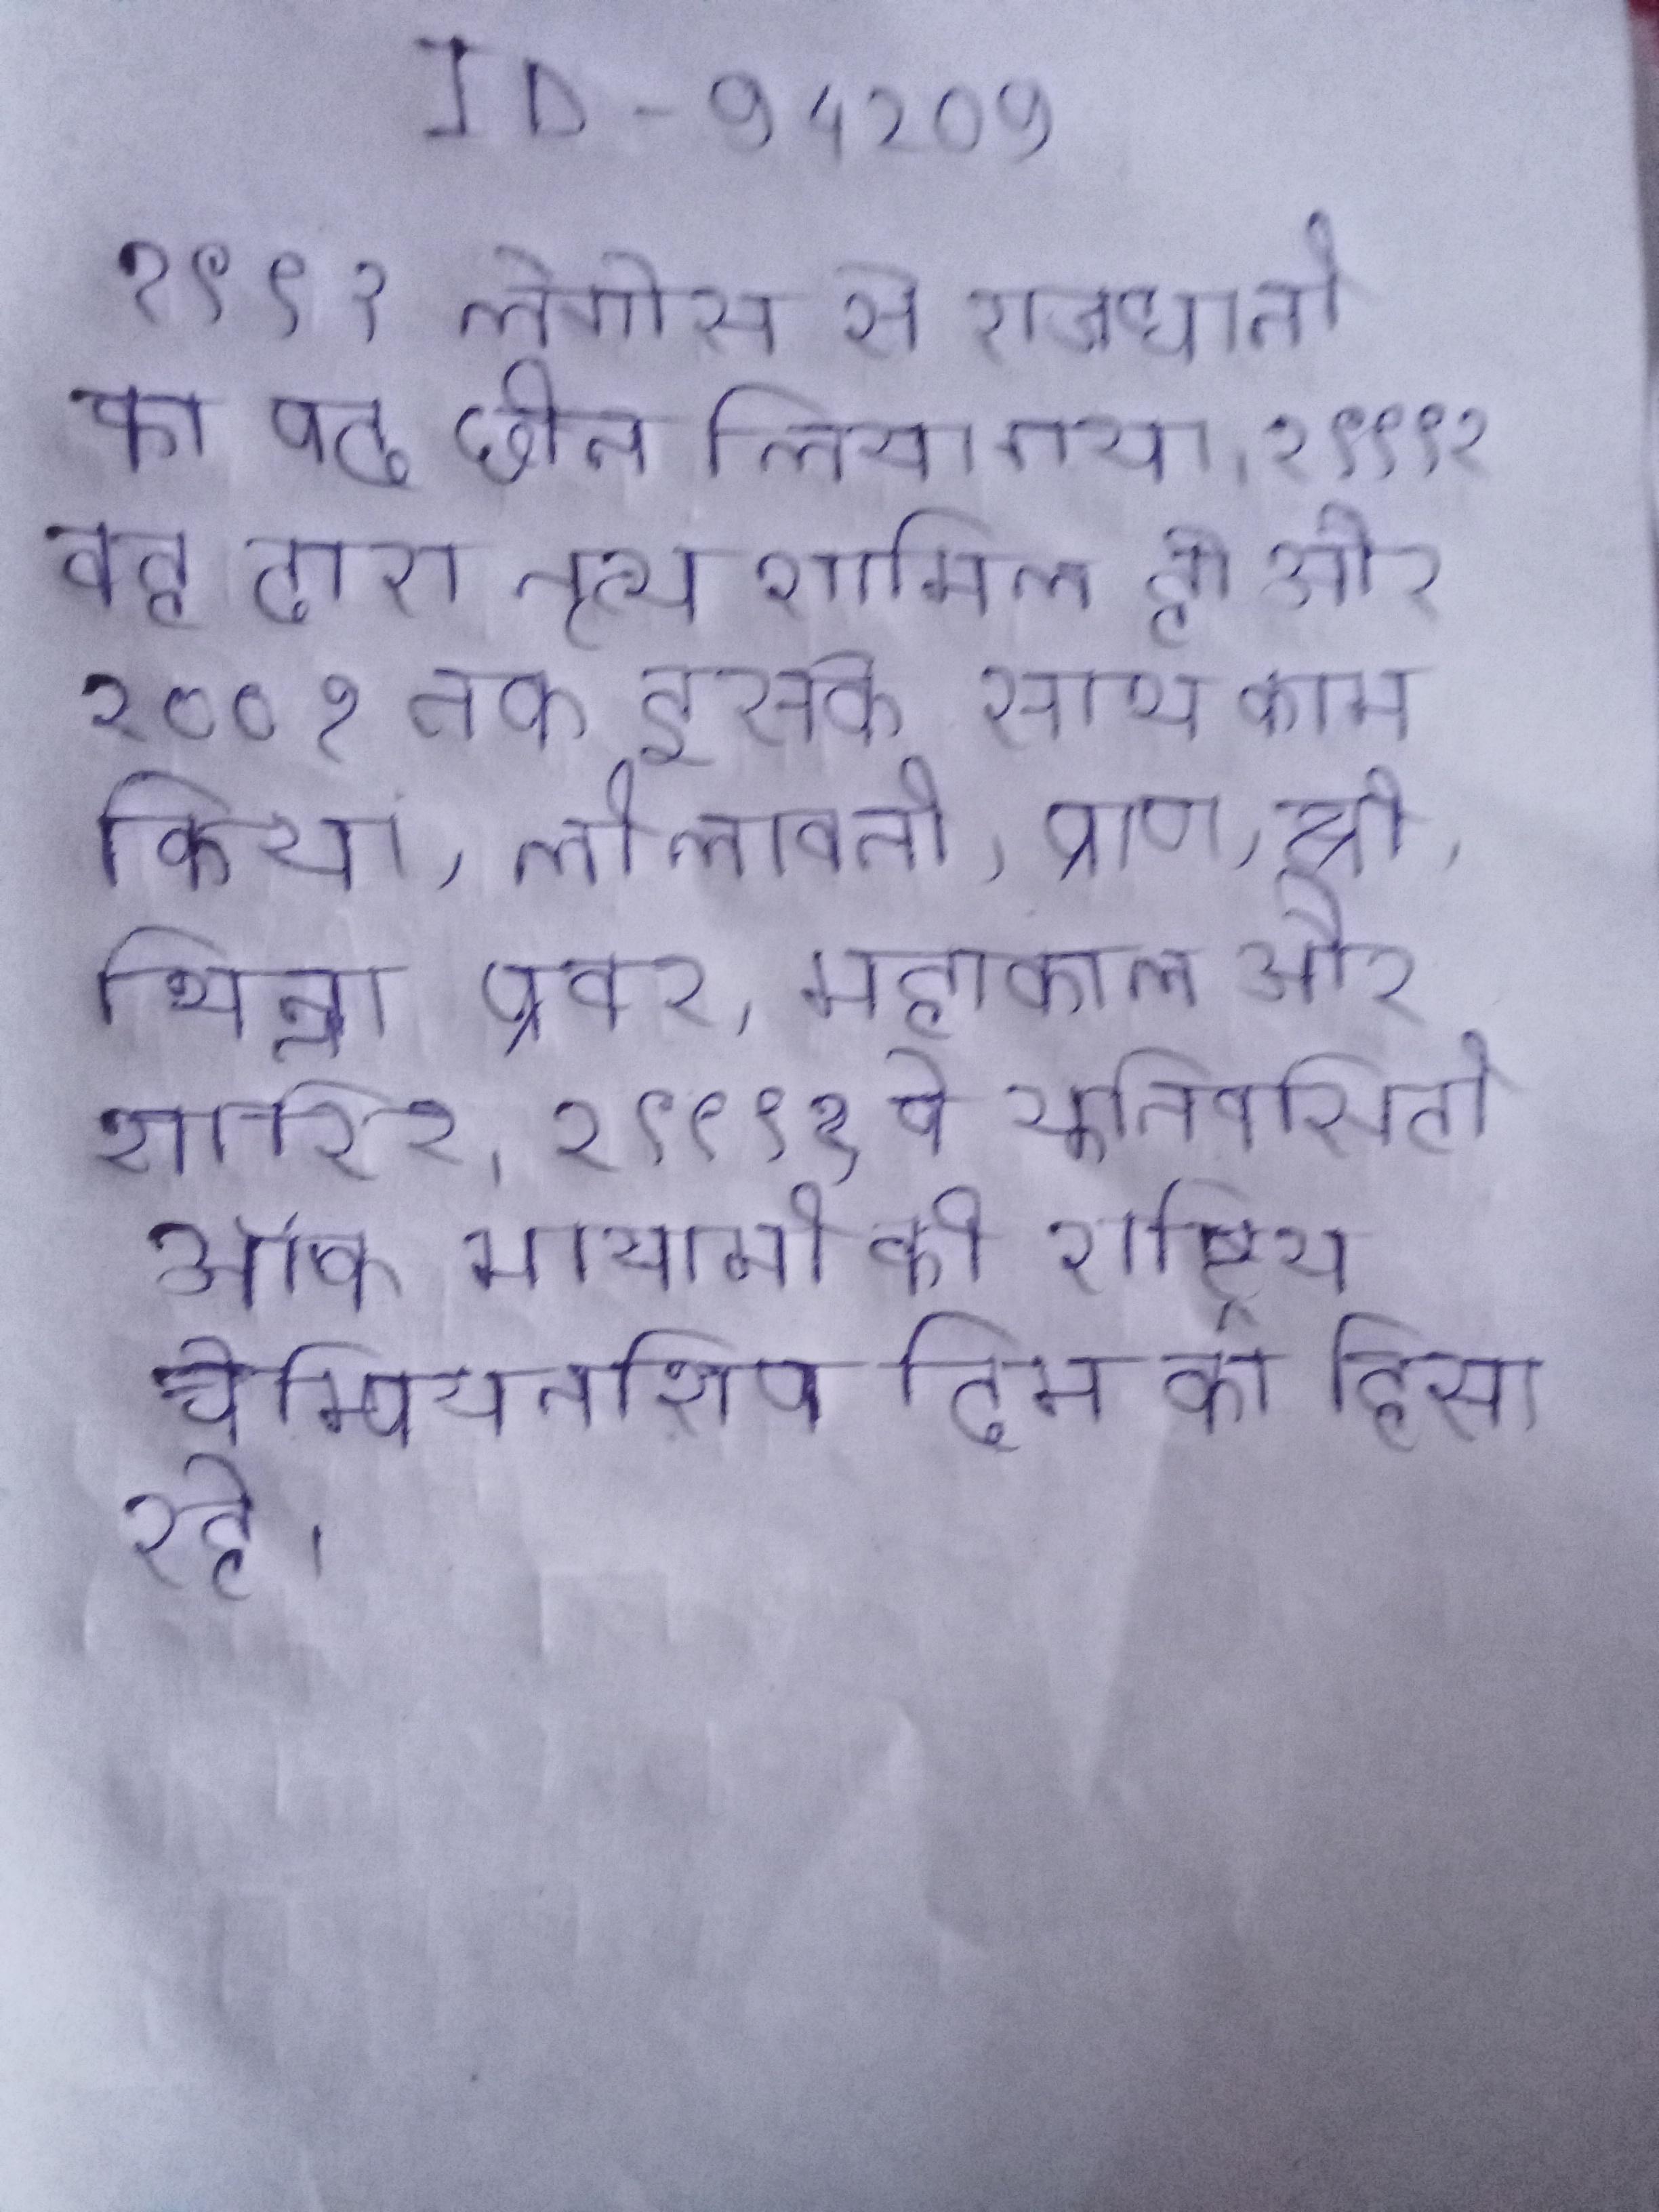
१९९१ लेगोस से राजधानी का पद छीन लिया गया । १९९१ वह द्वारा नृत्य शामिल हो और २००१ तक इसके साथ काम किया, लीलावती, प्राण, श्री, भिन्ना प्रवर, महाकाल और शारिर । १९९१ वे यूनिवर्सिटी ऑफ मायामी की राष्ट्रिय चैम्पियनशिप दिम का हिसा रहे ।